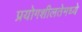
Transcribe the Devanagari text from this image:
प्रयोगशीलतेमध्ये